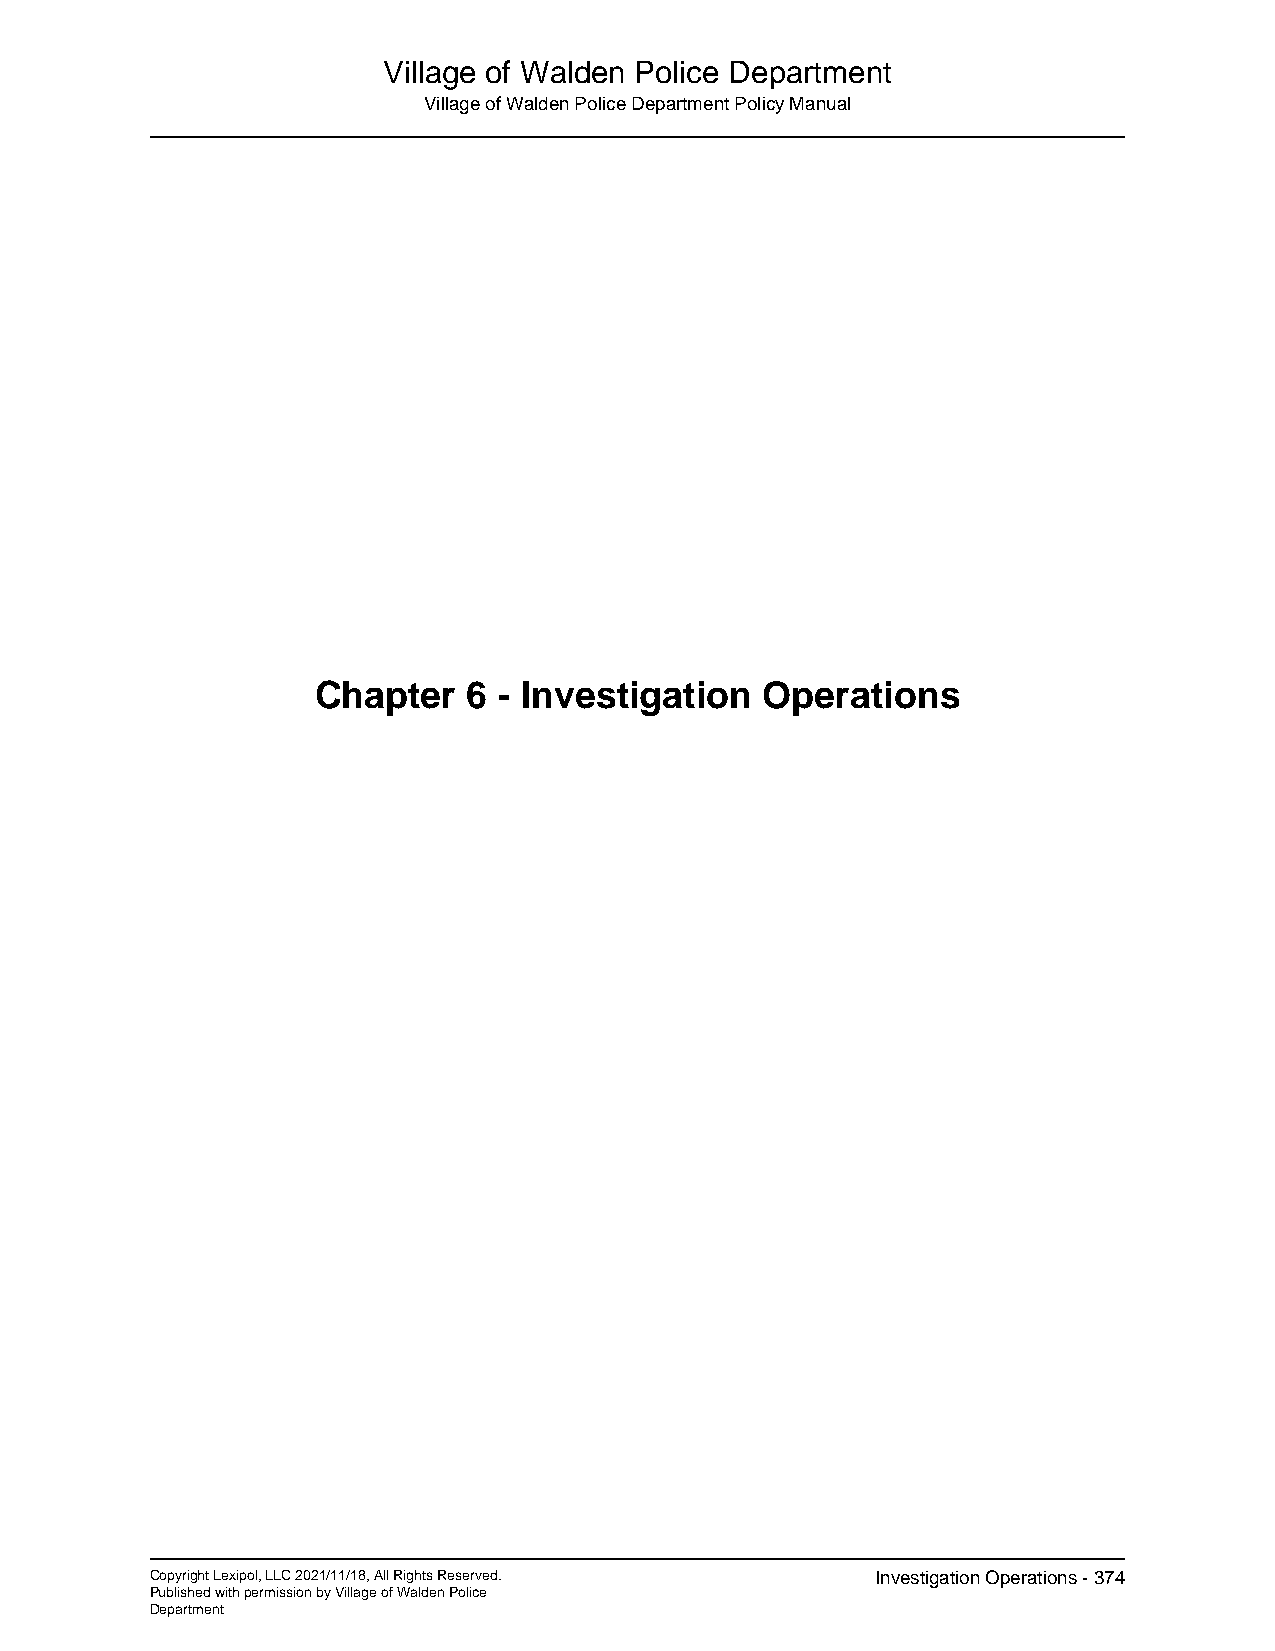
Village of Walden Police Department
 Village of Walden Police Department Policy Manual
 Chapter   6 - Investigation  Operations
 Copyright Lexipol, LLC 2021/11/18, All Rights Reserved. Investigation Operations - 374
 Published with permission by Village of Walden Police
 Department